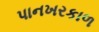
પાનખરકાળ